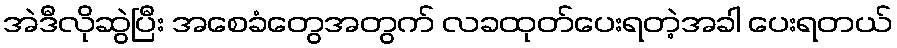
အဲဒီလိုဆွဲပြီး အစေခံတွေအတွက် လခထုတ်ပေးရတဲ့အခါ ပေးရတယ်